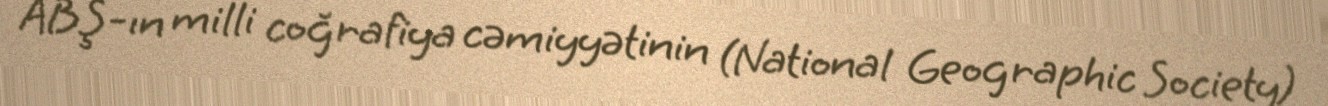
ABŞ-ın milli coğrafiya cəmiyyətinin (National Geographic Society)